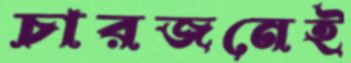
চারজনেই